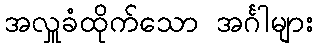
အလှူခံထိုက်သော အင်္ဂါများ